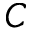
C